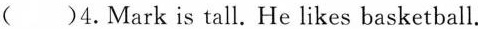
()4.Mark is tall. He likes basketball.